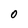
Character: 0